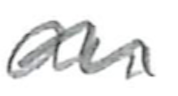
Text: an
Cross-out: wave
Writing tool: pencil